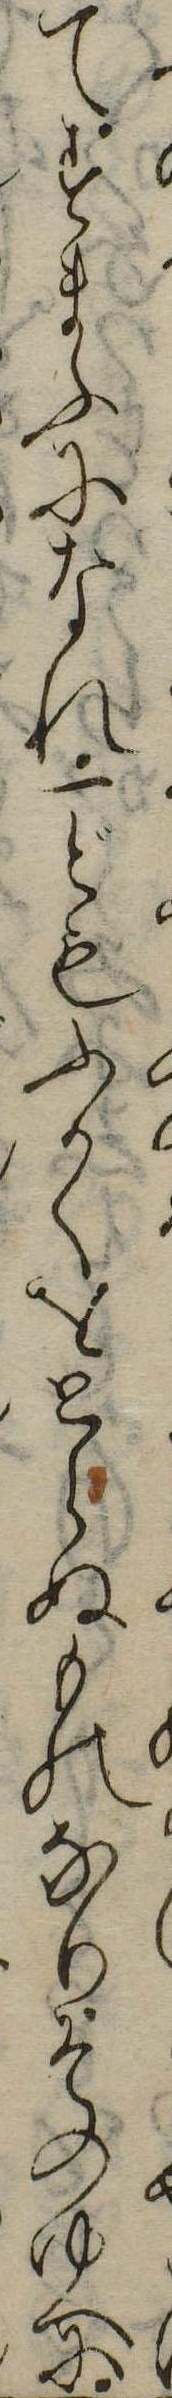
てすまふになれ一どもふかくをとらぬものなりそのゆへに